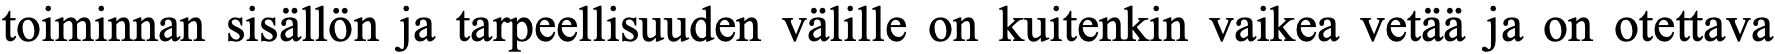
toiminnan sisällön ja tarpeellisuuden välille on kuitenkin vaikea vetää ja on otettava